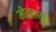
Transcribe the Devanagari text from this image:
मीनहार्ड